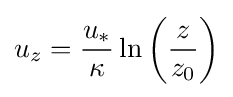
u_{z}={\frac {u_{*}}{\kappa }}\ln \left({\frac {z}{z_{0}}}\right)